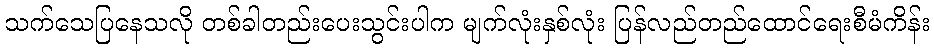
သက်သေပြနေသလို တစ်ခါတည်းပေးသွင်းပါက မျက်လုံးနှစ်လုံး ပြန်လည်တည်ထောင်ရေးစီမံကိန်း